Report of the Indian Hemp Drugs Commission, 1894-1895 - Volume VIII
Year: 1894
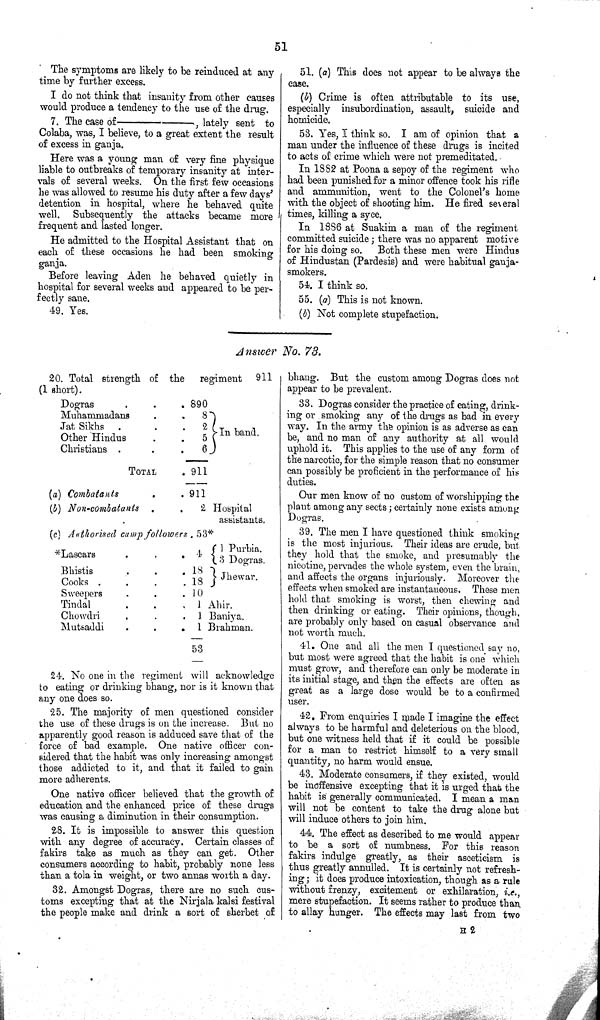
51
The symptoms are likely to be reinduced at any
time by further excess.
I do not think that insanity from other causes
would produce a tendency to the use of the drug.
7. The case of
——,
lately sent to
Colaba, was, I believe, to a great extent the result
of excess in ganja.
Here was a young man of very fine physique
liable to outbreaks of temporary insanity at inter-
vals of several weeks. On the first few occasions
he was allowed to resume his duty after a few days'
detention in hospital, where he behaved quite
well.
Subsequently the attacks became more
frequent and lasted longer.
He admitted to the Hospital Assistant that on
each of these occasions he had been smoking
ganja.
Before leaving Aden he behaved quietly in
hospital for several weeks and appeared to be per-
fectly sane.
49. Yes.
51. (a) This does not appear to be always the
case.
(b) Crime is often attributable to its use,
especially insubordination, assault, suicide and
homicide.
53. Yes, I think so. I am of opinion that a
man under the influence of these drugs is incited
to acts of crime which were not premeditated.
In 1882 at Poona a sepoy of the regiment who
had been punished for a minor offence took his rifle
and ammunition, went to the Colonel's home
with the object of shooting him. He fired several
times, killing a syce.
In 1886 at Suakim a man of the regiment
committed suicide; there was no apparent motive
for his doing so.
Both these men were Hindus
of Hindustan (Pardesis) and were habitual ganja-
smokers.
54. I think so.
55. (a) This is not known.
(b) Not complete stupefaction.
Answer No. 73.
20. Total strength of the
regiment
911
(1 short).
Dogras
890
Muhammadans
8
In band.
Jat Sikhs
2
In band.
Other Hindus
5
In band.
Christians
6
In band.
TOTAL
911
(a) Combatants
911
(b) Non-combatants
2 Hospital
assistants
(c) Authorised camp followers . 53*
*Lascars
4
1 Purbia.
3 Dogras.
Bhistis
18
Jhewar.
Cooks
18
Jhewar.
Sweepers
10
Tindal
1 Ahir.
Chowdri
1 Baniya.
Mutsaddi
1 Brahman.
53
24. No one in the regiment will acknowledge
to eating or drinking bhang, nor is it known that
any one does so.
25. The majority of men questioned consider
the use of these drugs is on the increase. But no
apparently good reason is adduced save that of the
force of bad example. One native officer con-
sidered that the habit was only increasing amongst
those addicted to it, and that it failed to gain
more adherents.
One native officer believed that the growth of
education and the enhanced price of these drugs
was causing a diminution in their consumption.
28. It is impossible to answer this question
with any degree of accuracy. Certain classes of
fakirs take as much as they can get.
Other
consumers according to habit, probably none less
than a tola in weight, or two annas worth a day.
32. Amongst Dogras, there are no such cus-
toms excepting that at the Nirjala kalsi festival
the people make and drink a sort of sherbet of
bhang. But the custom among Dogras does not
appear to be prevalent.
33. Dogras consider the practice of eating, drink-
ing or smoking any of the drugs as bad in every
way. In the army the opinion is as adverse as can
be, and no man of any authority at all would
uphold it. This applies to the use of any form of
the narcotic, for the simple reason that no consumer
can possibly be proficient in the performance of his
duties.
Our men know of no custom of worshipping the
plant among any sects; certainly none exists among
Dogras.
39. The men I have questioned think smoking
is the most injurious. Their ideas are crude, but
they hold that the smoke, and presumably the
nicotine, pervades the whole system, even the brain,
and affects the organs injuriously. Moreover the
effects when smoked are instantaneous. These men
hold that smoking is worst, then chewing and
then drinking or eating. Their opinions, though,
are probably only based on casual observance and
not worth much.
41. One and all the men I questioned say no,
but most were agreed that the habit is one which
must grow, and therefore can only be moderate in
its initial stage, and then the effects are often as
great as a large dose would be to a confirmed
user.
42. From enquiries I made I imagine the effect
always to be harmful and deleterious on the blood,
but one witness held that if it could be possible
for a man to restrict himself to a very small
quantity, no harm would ensue.
43. Moderate consumers, if they existed, would
be inoffensive excepting that it is urged that the
habit is generally communicated. I mean a man
will not be content to take the drug alone but
will induce others to join him.
44. The effect as described to me would appear
to be a sort of numbness. For this reason
fakirs indulge greatly, as their asceticism is
thus greatly annulled. It is certainly not refresh-
ing; it does produce intoxication, though as a rule
without frenzy, excitement or exhilaration, i.e.,
mere stupefaction. It seems rather to produce than
to allay hunger. The effects may last from two
H 2